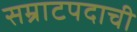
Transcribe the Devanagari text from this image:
सम्राटपदाची